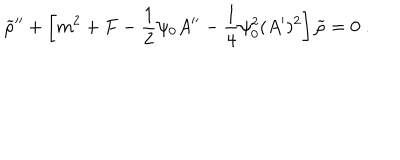
LaTeX: { \widetilde \rho } ^ { \prime \prime } + \left[ m ^ { 2 } + F - { \frac { 1 } { 2 } } \psi _ { 0 } A ^ { \prime \prime } - { \frac { 1 } { 4 } } \psi _ { 0 } ^ { 2 } ( A ^ { \prime } ) ^ { 2 } \right] { \widetilde \rho } = 0 ~ .